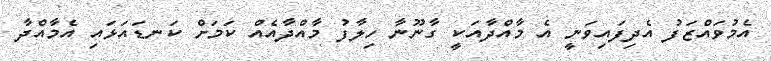
އެމުވައްޒަފު އެދިފައިވަނީ އެ މާއްދާއަކީ ގާނޫނާ ހިލާފު މާއްދާއެއް ކަމަށް ކަނޑައަޅައި އެމާއްދާ